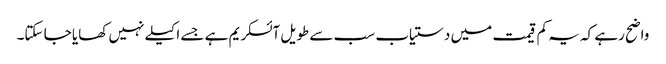
واضح رہے کہ یہ کم قیمت میں دستیاب سب سے طویل آئسکریم ہے جسے اکیلے نہیں کھایا جا سکتا۔